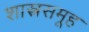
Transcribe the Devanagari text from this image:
शास्त्रसमूह